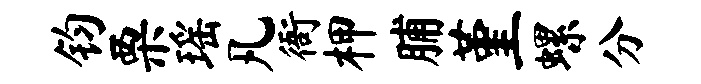
钧栗瑶凡衙柙脯堇螺分